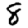
Digit: 8